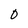
Character: 0